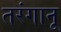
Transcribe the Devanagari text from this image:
तरंगानू